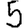
Digit: 5